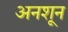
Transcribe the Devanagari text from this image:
अनशून